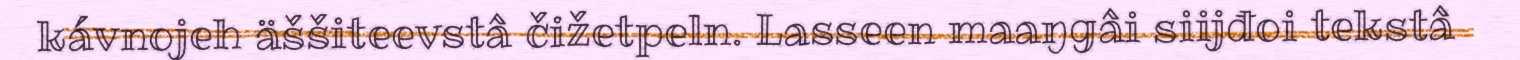
kávnojeh äššiteevstâ čižetpeln. Lasseen maaŋgâi siijđoi tekstâ